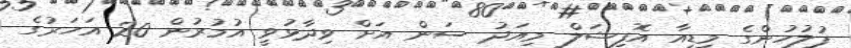
ފުލުހުންގެ މީޑިއާ އޮފިޝަލް މިއަދު ސަން އަށް ވިދާޅުވީ އުމުރުން 20 އަހަރުގެ